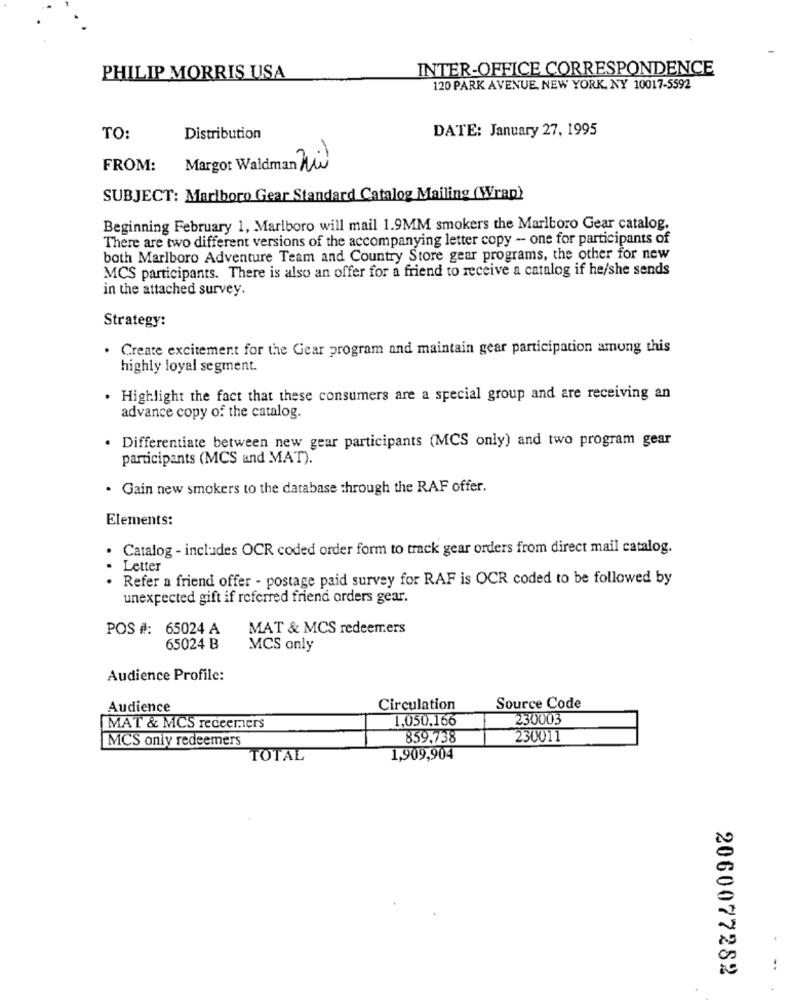
INTER-OFFICE CORRESPONDENCE
PHILIP MORRIS USA
120 PARK AVENUE, NEW YORK, NY 10017-5592
DATE: January 27, 1995
TO:
Distribution
FROM:
Margot Waldman Zil
SUBJECT: Marlboro Gear Standard Catalog Mailing (Wrap)
Beginning February 1, Marlboro will mail 1.9MM smokers the Marlboro Gear catalog.
There are two different versions of the accompanying letter copy - one for participants of
both Marlboro Adventure Team and Country Store gear programs, the other for new
MCS participants. There is also an offer for a friend to receive a catalog if he/she sends
in the attached survey.
Strategy:
Create excitement for the Gear program and maintain gear participation among this
highly loyal segment.
· Highlight the fact that these consumers are a special group and are receiving an
advance copy of the catalog.
· Differentiate between new gear participants (MCS only) and two program gear
participants (MCS and MAT).
· Gain new smokers to the database through the RAF offer.
Elements:
· Catalog - includes OCR coded order form to track gear orders from direct mail catalog.
Letter
Refer a friend offer - postage paid survey for RAF is OCR coded to be followed by
unexpected gift if referred friend orders gear.
POS #: 65024 A
MAT & MCS redeemers
65024 B
MCS only
Audience Profile:
Audience
Circulation
Source Code
1,050,166
230003
MAT & MCS redeemers
MCS only redeemers
859,738
230011
TOTAL
1,909,904
2060077282